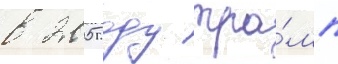
в 2005 году тра́мп